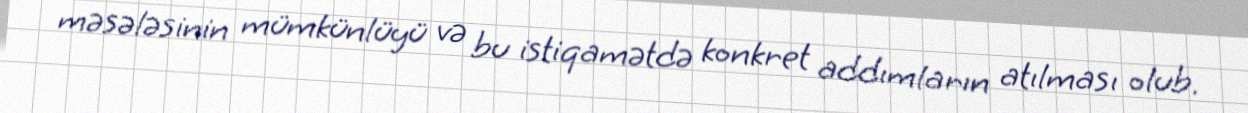
məsələsinin mümkünlüyü və bu istiqamətdə konkret addımların atılması olub.